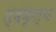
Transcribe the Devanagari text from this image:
त्वंकृत्य